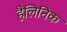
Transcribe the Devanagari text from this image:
हैलिनिक